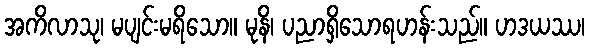
အကိလာသု၊ မပျင်းမရိသော။ မုနိ၊ ပညာရှိသောရဟန်းသည်။ ဟဒယဿ၊